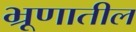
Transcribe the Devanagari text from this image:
भ्रूणातील